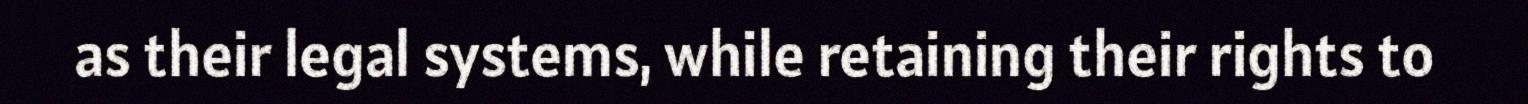
as their legal systems, while retaining their rights to